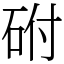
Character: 䂤